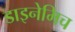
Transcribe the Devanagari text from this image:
डाइनेमिच